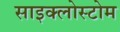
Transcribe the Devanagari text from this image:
साइक्लोस्टोम